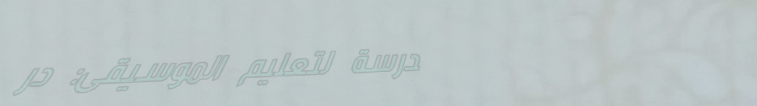
مدرسة لتعليم الموسيقى: در